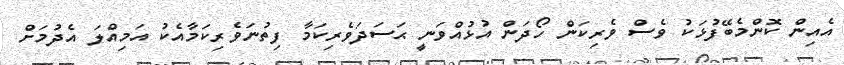
އެއިން ކޮންމެބޭފުޅަކު ވެސް ވެރިކަން ހޯދަން އުޅުއްވަނީ ޙަސަދަވެރިކަމާ ފިތުނަވެރިކަމާއެކު އަމިއްލަ އެދުމަށް